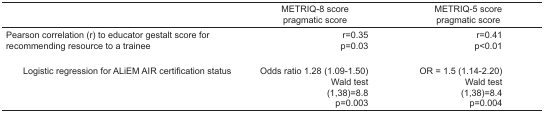
<table><thead><tr><td></td><td><b>METRIQ-8 score pragmatic score</b></td><td><b>METRIQ-5 score pragmatic score</b></td></tr></thead><tbody><tr><td rowspan="2">Pearson correlation (r) to educator gestalt score for recommending resource to a trainee</td><td>r=0.35</td><td>r=0.41</td></tr><tr><td>p=0.03</td><td>p&lt;0.01</td></tr><tr><td rowspan="4"> Logistic regression for ALiEM AIR certification status</td><td>Odds ratio 1.28 (1.09–1.50)</td><td>OR = 1.5 (1.14–2.20)</td></tr><tr><td>Wald test</td><td>Wald test</td></tr><tr><td>(1,38)=8.8</td><td>(1,38)=8.4</td></tr><tr><td>p=0.003</td><td>p=0.004</td></tr></tbody></table>